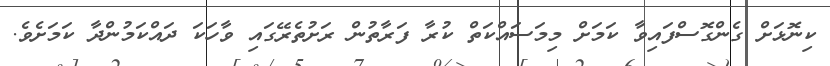
ކިނޮޅަށް ގެންގޮސްފައިވާ ކަމަށް މިމަސައްކަތް ކުރާ ފަރާތުން ރަށުތެރޭގައި ވާހަކަ ދައްކަމުންދާ ކަމަށެވެ.